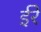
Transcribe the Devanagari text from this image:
ईरे